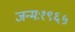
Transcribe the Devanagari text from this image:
जन्मः१९६५